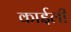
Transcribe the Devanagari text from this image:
काईली